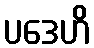
ပဒေဟိ